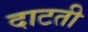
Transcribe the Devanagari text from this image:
दाटती